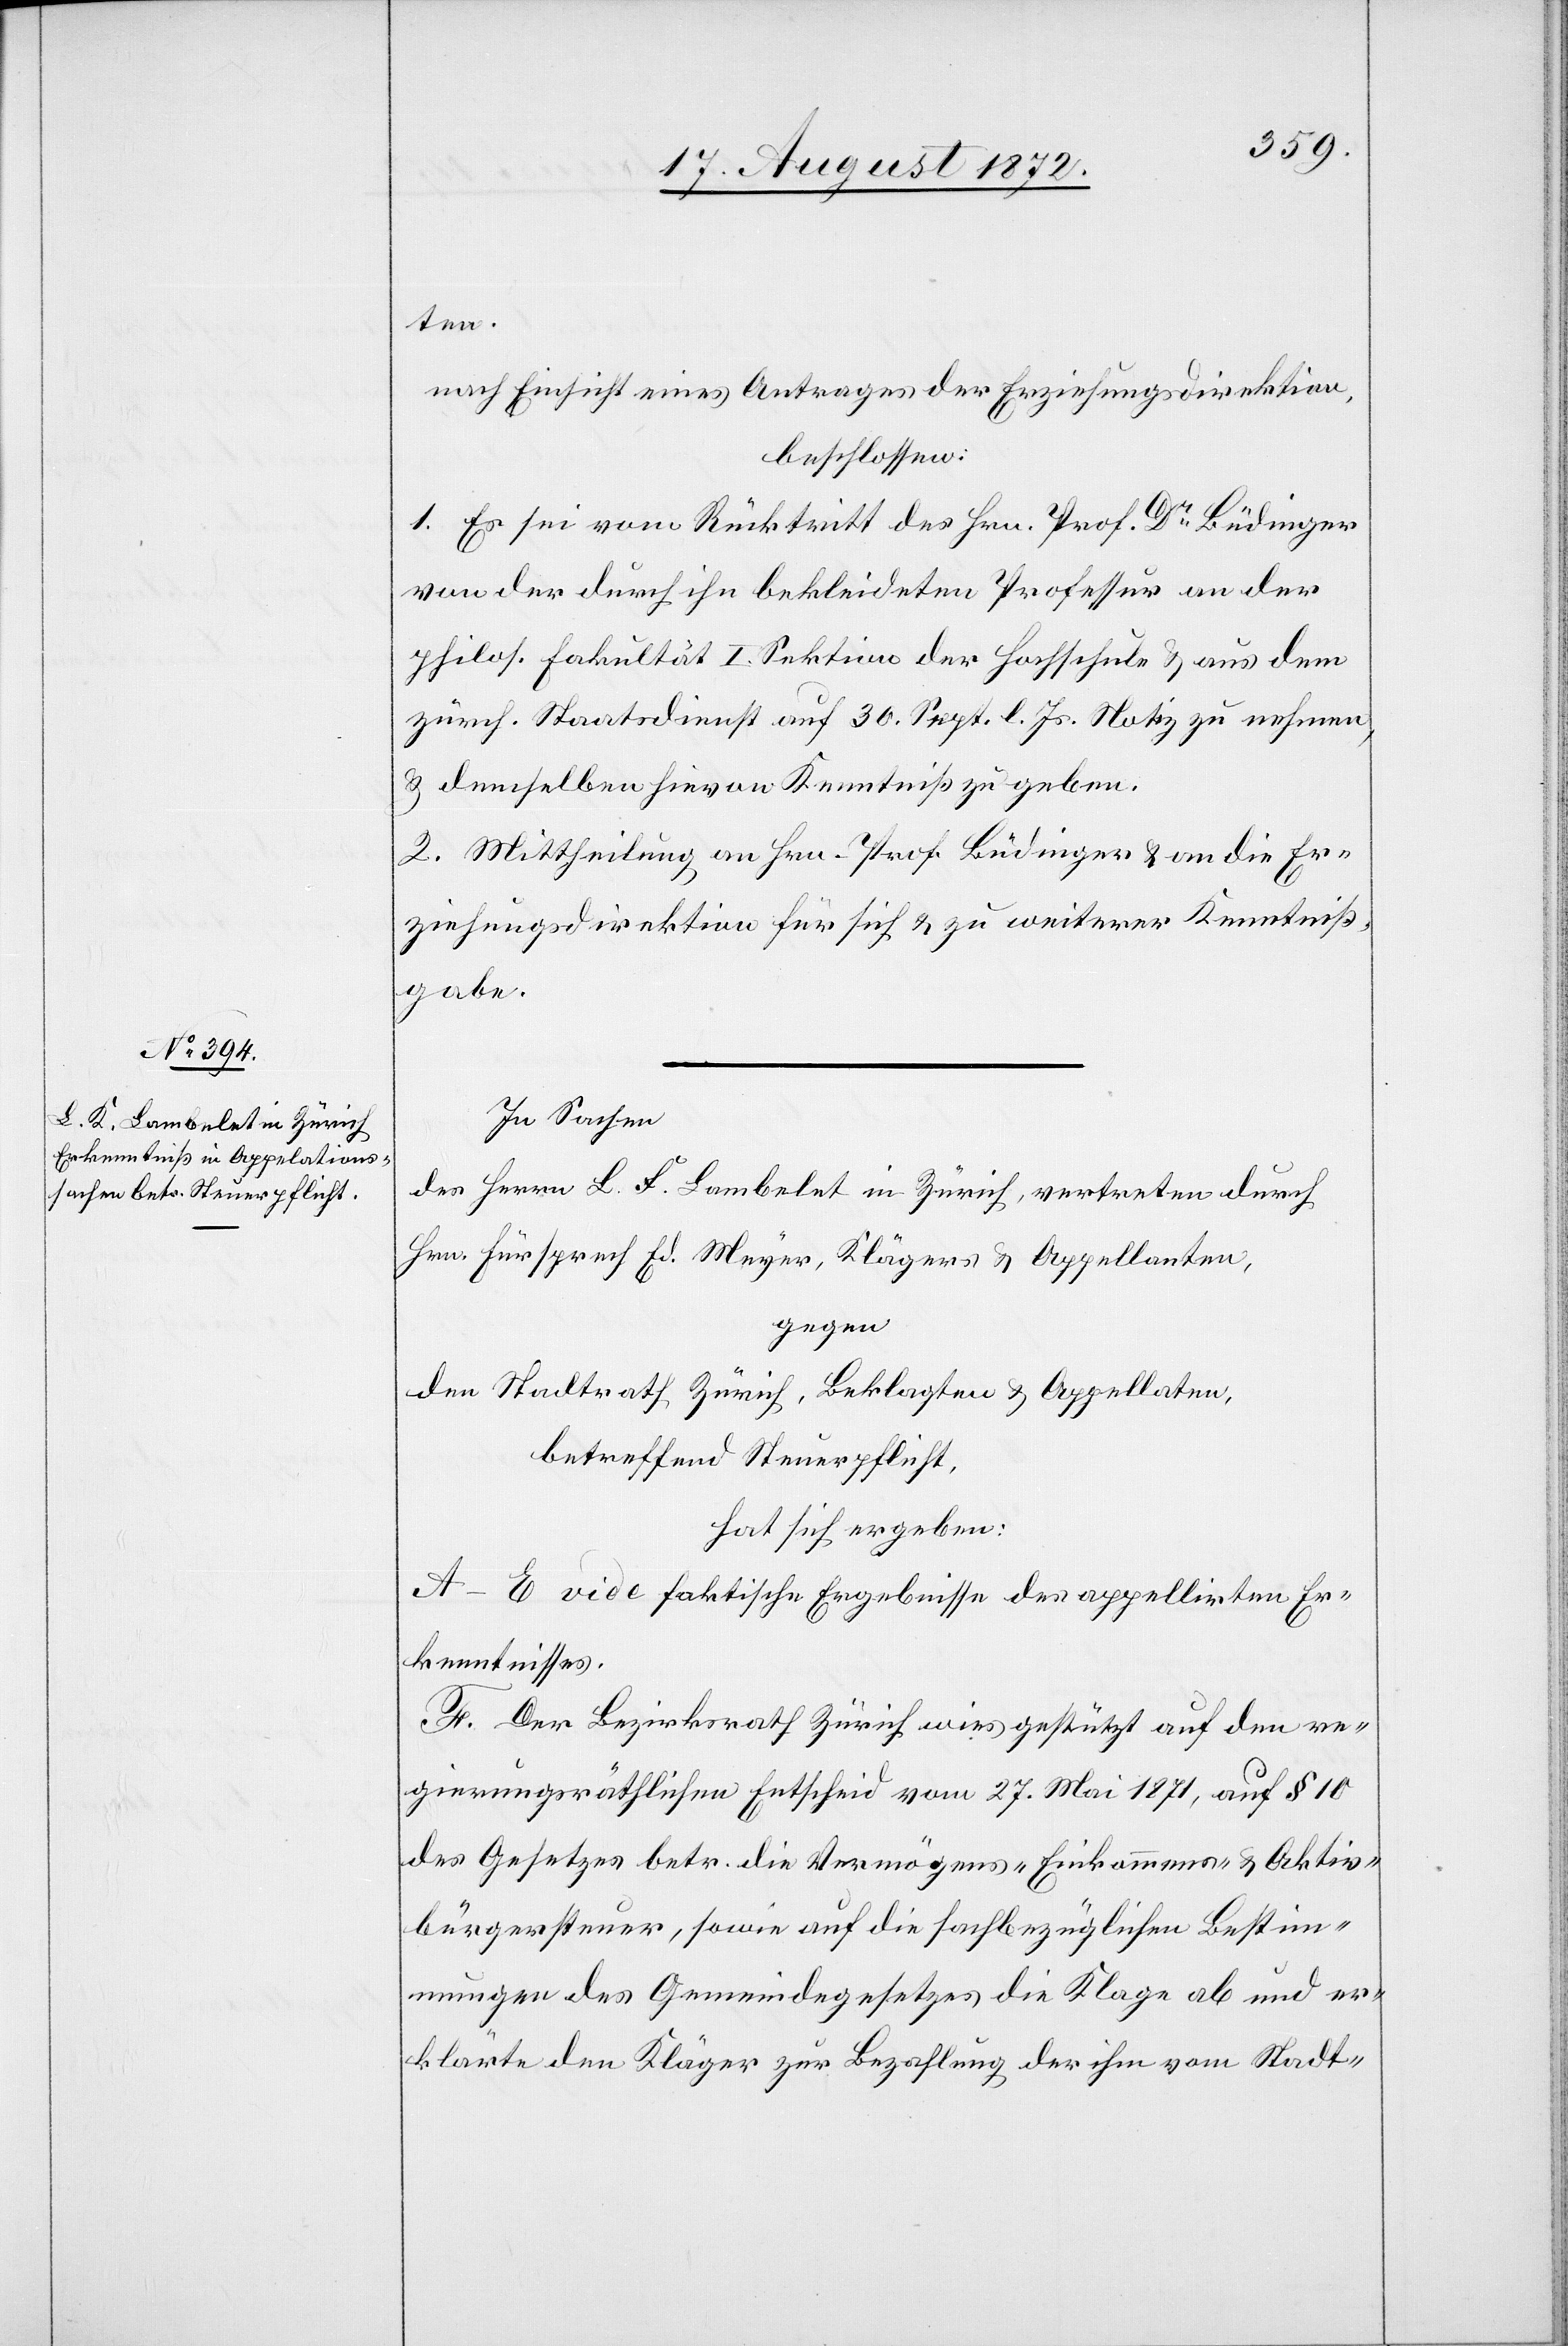
ten.
nach Einsicht eines Antrages der Erziehungsdirektion,
beschlossen:
1. Es sei vom Rücktritt des Hrn. Prof. Dr Büdinger
von der durch ihn bekleideten Professur an der
philos. Fakultät I. Sektion der Hochschule u. aus dem
zürch. Staatsdienste auf 30. Sept. l. Js. Notiz zu nehmen,
u. demselben hievon Kenntniß zu geben.
2. Mittheilung an Hrn. Prof. Büdinger u. an die Er¬
ziehungsdirektion für sich u. zu weiterer Kenntniß¬
gabe.
In Sachen
des Herrn L. F. [sic!] Lambelet in Zürich, vertreten durch
Hrn. Fürsprech Ed. Meyer, Klägers u. Appellanten,
gegen
den Stadtrath Zürich, Beklagten u. Appellaten,
betreffend Steuerpflicht,
hat sich ergeben:
A–E vide faktische Ergebnisse des appellirten Er¬
kenntnisses.
F. Der Bezirksrath Zürich wies gestützt auf den re¬
gierungsräthlichen Entscheid vom 27. Mai 1871, auf § 10
des Gesetzes betr. die Vermögens- Einkommens- u. Aktiv¬
bürgersteuer, sowie auf die sachbezüglichen Bestim¬
mungen des Gemeindegesetzes die Klage ab und er¬
klärte den Kläger zur Bezahlung der ihm vom Stadt-